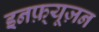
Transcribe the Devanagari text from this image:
इनफ़्यूज़न